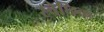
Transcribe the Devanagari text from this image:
स्वेछिक